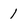
Character: 1